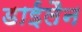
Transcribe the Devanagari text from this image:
डाईलैन